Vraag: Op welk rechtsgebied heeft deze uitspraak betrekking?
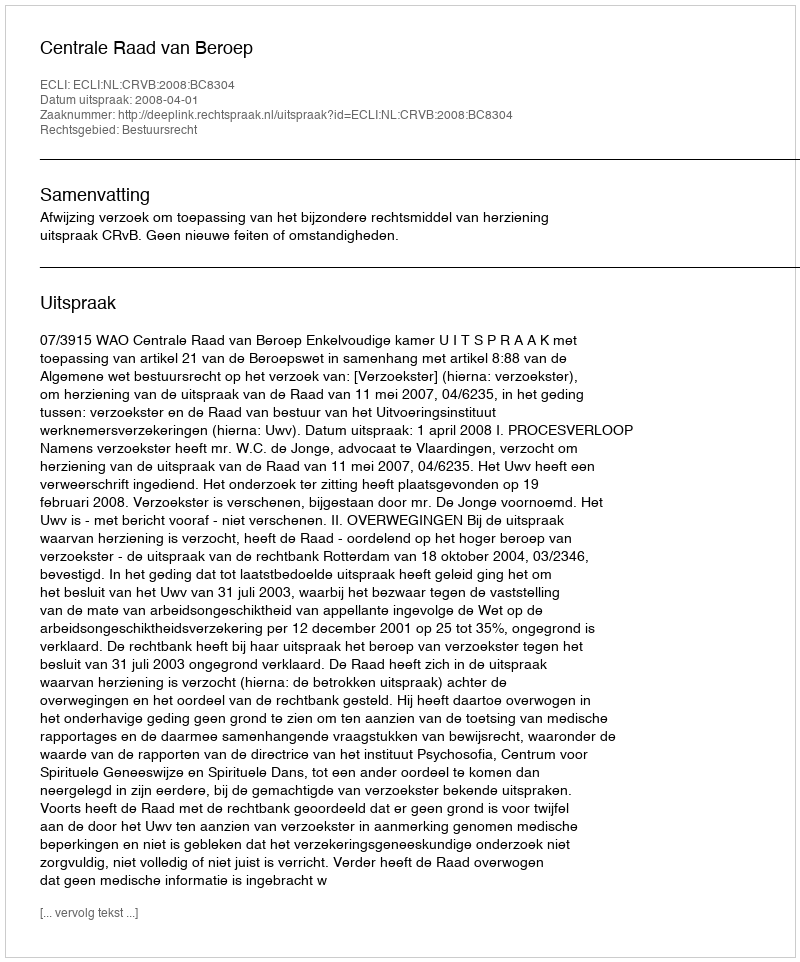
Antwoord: Bestuursrecht